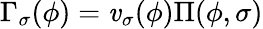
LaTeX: \Gamma_{\sigma}(\phi)=\mathit{v}_{\sigma}(\phi)\Pi(\phi,\sigma)